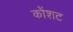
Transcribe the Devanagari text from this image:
कोंशट